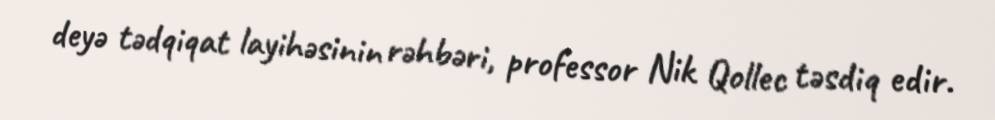
deyə tədqiqat layihəsinin rəhbəri, professor Nik Qollec təsdiq edir.